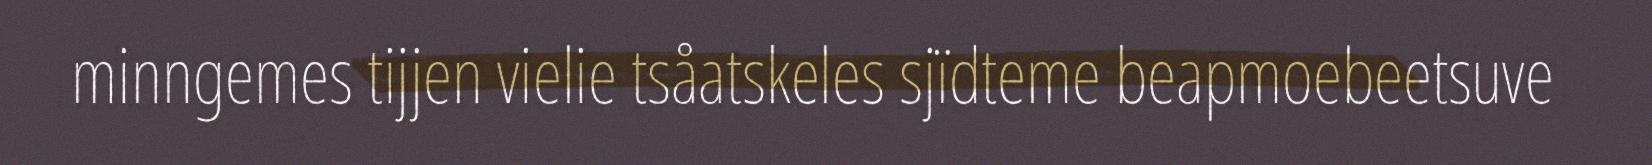
minngemes tijjen vielie tsåatskeles sjïdteme beapmoebeetsuve